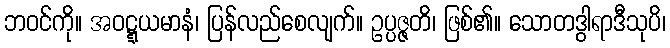
ဘဝင်ကို။ အဝဋ္ဋယမာနံ၊ ပြန်လည်စေလျက်။ ဥပ္ပဇ္ဇတိ၊ ဖြစ်၏။ သောတဒွါရာဒီသုပိ၊